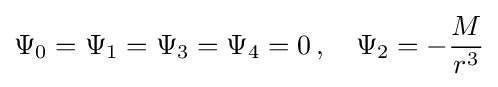
\Psi _{0}=\Psi _{1}=\Psi _{3}=\Psi _{4}=0\,,\quad \Psi _{2}=-{\frac {M}{r^{3}}}